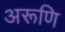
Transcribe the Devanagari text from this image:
अरूणि